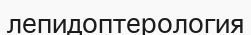
лепидоптерология